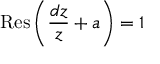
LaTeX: \operatorname { R e s } \left( { \frac { d z } { z } } + a \right) = 1